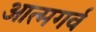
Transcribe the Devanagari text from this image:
आत्मगर्व